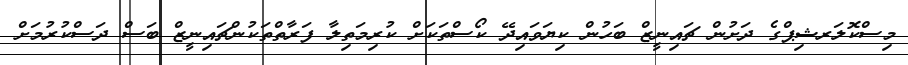
މިސްކޮލަރޝިޕްގެ ދަށުން ޗައިނީޒް ބަހުން ކިޔަވައިދޭ ކޯސްތަކަށް ކުރިމަތިލާ ފަރާތްތަކުންޗައިނީޒް ބަސް ދަސްކުރުމަށް